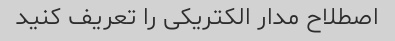
اصطلاح مدار الکتریکی را تعریف کنید